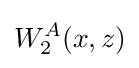
W_{2}^{A}(x,z)